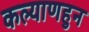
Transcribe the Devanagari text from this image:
कल्याणहुन